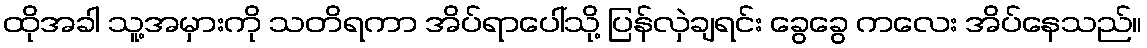
ထိုအခါ သူ့အမှားကို သတိရကာ အိပ်ရာပေါ်သို့ ပြန်လှဲချရင်း ခွေခွေ ကလေး အိပ်နေသည်။